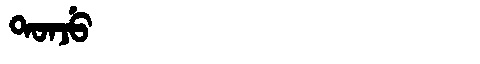
Manchu: ᡨᠣᠨᠵᡠ
Romanization: TONJU